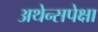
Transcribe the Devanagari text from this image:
अथेन्सपेक्षा